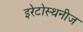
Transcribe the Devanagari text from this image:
इरेटोस्थनीज